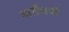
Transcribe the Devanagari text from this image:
मार्सेलची